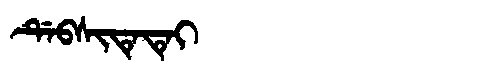
Manchu: ᡩᡝᠪᠰᡳᡨᡝᡨᡝᡳ
Romanization: DEBSITETEI